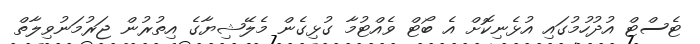
ޓެސްޓް އުދުހުމުގައި އުޅެނިކޮށް އެ ބޯޓް ވެއްޓުމާ ގުޅިގެން މެލޭޝިޔާގެ އިތުރުން ޖަރުމަނުވިލާތް